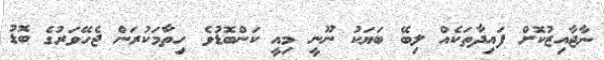
ނާޖާއިޒުކޮށް ފައިދާތަކެއް ލިބޭ ބަޔަކު ނޫނީ މިއީ ކަންބޮޑުވެ ހިތާމަކުރަން ޖެހޭވަރުގެ ބޮޑު